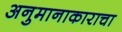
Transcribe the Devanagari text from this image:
अनुमानाकाराचा